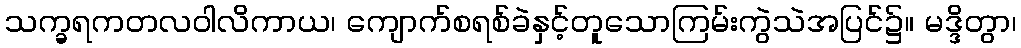
သက္ခရကတလဝါလိကာယ၊ ကျောက်စရစ်ခဲနှင့်တူသောကြမ်းကွဲသဲအပြင်၌။ မဒ္ဒိတွာ၊